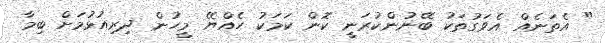
" އެތަނެއް އެވަގުތަކު ބޭނުންކުރަނީ ކޮން ކަމަކު ހެއްޔޭ މީހުން ދިރިއުޅުމަށް ބިމާ